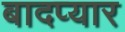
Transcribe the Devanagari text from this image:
बादप्यार